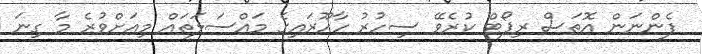
ފެންނަން އޮތަސް ރިޕޯޓް ކުރެވޭ ސިހުރު ހާހޫރައިގެ މައްސަލަތައް މިއަށްވުރެ މާ ގިނަ